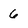
Character: 6